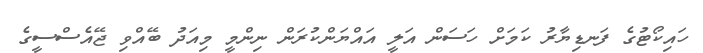
ހައިކޯޓުގެ ފަނޑިޔާރު ކަމަށް ހަސަން އަލީ އައްޔަންކުރަން ނިންމީ މިއަދު ބޭއްވި ޖޭއެސްސީގެ